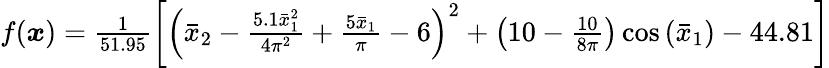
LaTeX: \begin{array}{r}{f(\boldsymbol{x})=\frac{1}{51.95}\left[\left(\bar{x}_{2}-\frac{5.1\bar{x}_{1}^{2}}{4\pi^{2}}+\frac{5\bar{x}_{1}}{\pi}-6\right)^{2}+\left(10-\frac{10}{8\pi}\right)\cos\left(\bar{x}_{1}\right)-44.81\right]}\end{array}